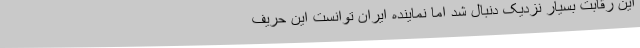
این رقابت بسیار نزدیک دنبال شد اما نماینده ایران توانست این حریف